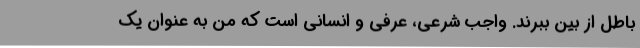
باطل از بین ببرند. واجب شرعی، عرفی و انسانی است که من به عنوان یک